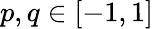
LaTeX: p,q\in[-1,1]